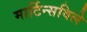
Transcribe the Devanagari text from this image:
मार्टिन्सविले